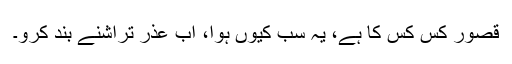
قصور کس کس کا ہے، یہ سب کیوں ہوا، اب عذر تراشنے بند کرو۔